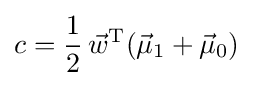
c={\frac {1}{2}}\,{\vec {w}}^{\mathrm {T} }({\vec {\mu }}_{1}+{\vec {\mu }}_{0})